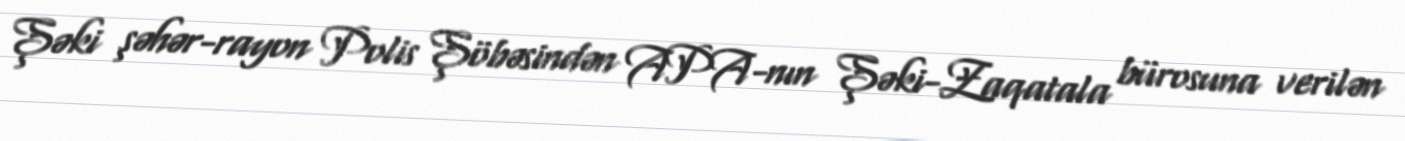
Şəki şəhər-rayon Polis Şöbəsindən APA-nın Şəki-Zaqatala bürosuna verilən